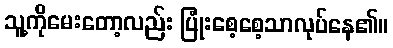
သူ့ကိုမေးတော့လည်း ပြုံးစေ့စေ့သာလုပ်နေ၏။